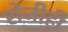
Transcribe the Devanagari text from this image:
रोजीही